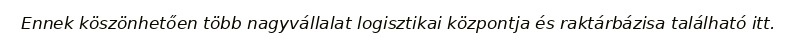
Ennek köszönhetően több nagyvállalat logisztikai központja és raktárbázisa található itt.